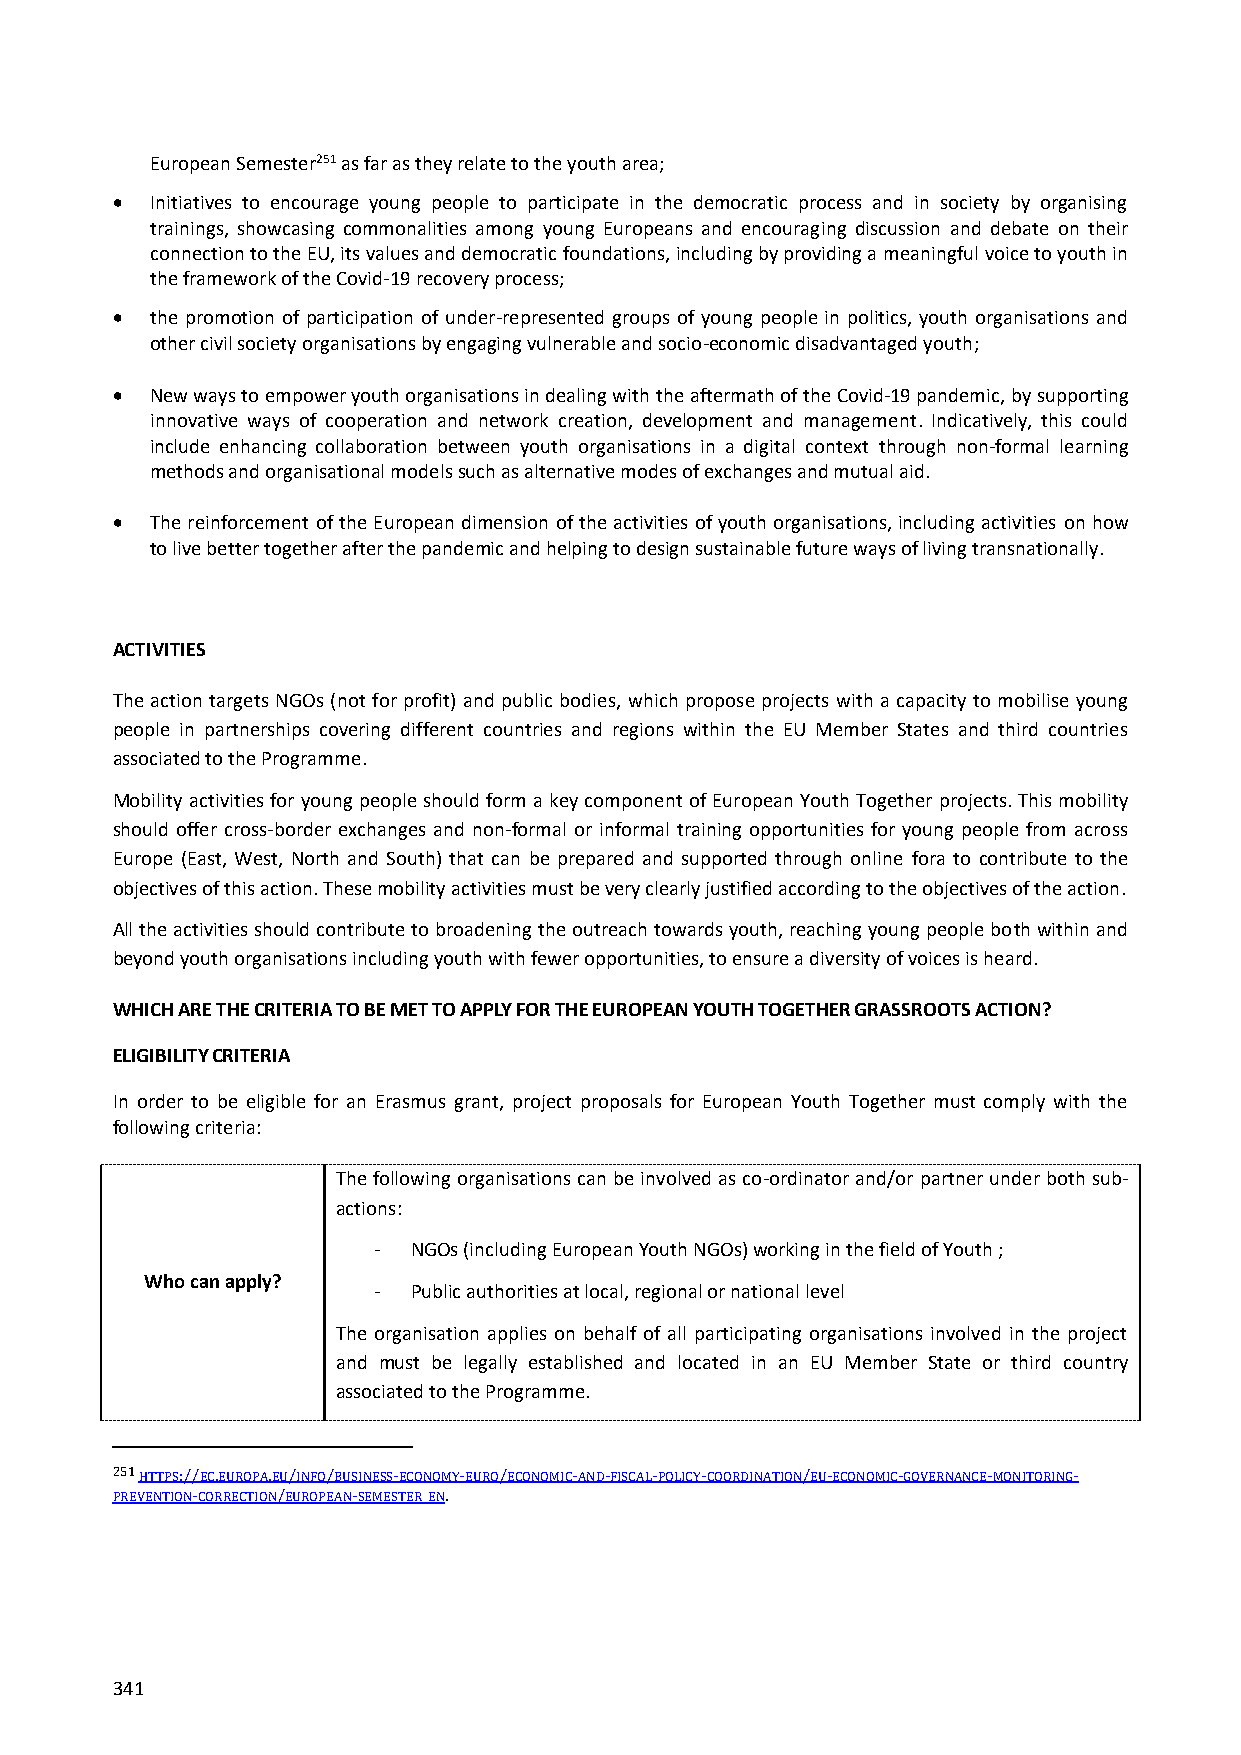
European Semester251 as far as they relate to the youth area;
   Initiatives to encourage young people to participate in the democratic process and in society by organising
 trainings, showcasing commonalities among young Europeans and encouraging discussion and debate on their
 connection to the EU, its values and democratic foundations, including by providing a meaningful voice to youth in
 the framework of the Covid-19 recovery process;
   the promotion of participation of under-represented groups of young people in politics, youth organisations and
 other civil society organisations by engaging vulnerable and socio-economic disadvantaged youth;
   New ways to empower youth organisations in dealing with the aftermath of the Covid-19 pandemic, by supporting
 innovative ways of cooperation and network creation, development and management. Indicatively, this could
 include enhancing collaboration between youth organisations in a digital context through non-formal learning
 methods and organisational models such as alternative modes of exchanges and mutual aid.
   The reinforcement of the European dimension of the activities of youth organisations, including activities on how
 to live better together after the pandemic and helping to design sustainable future ways of living transnationally.
 ACTIVITIES
 The action targets NGOs (not for profit) and public bodies, which propose projects with a capacity to mobilise young
 people in partnerships covering different countries and regions within the EU Member States and third countries
 associated to the Programme.
 Mobility activities for young people should form a key component of European Youth Together projects. This mobility
 should offer cross-border exchanges and non-formal or informal training opportunities for young people from across
 Europe (East, West, North and South) that can be prepared and supported through online fora to contribute to the
 objectives of this action. These mobility activities must be very clearly justified according to the objectives of the action.
 All the activities should contribute to broadening the outreach towards youth, reaching young people both within and
 beyond youth organisations including youth with fewer opportunities, to ensure a diversity of voices is heard.
 WHICH ARE THE CRITERIA TO BE MET TO APPLY FOR THE EUROPEAN YOUTH TOGETHER GRASSROOTS ACTION?
 ELIGIBILITY CRITERIA
 In order to be eligible for an Erasmus grant, project proposals for European Youth Together must comply with the
 following criteria:
 The following organisations can be involved as co-ordinator and/or partner under both sub-
 actions:
 - NGOs (including European Youth NGOs) working in the field of Youth ;
 Who can apply?
 - Public authorities at local, regional or national level
 The organisation applies on behalf of all participating organisations involved in the project
 and must be legally established and located in an EU Member State or third country
 associated to the Programme.
 251 HTTPS://EC.EUROPA.EU/INFO/BUSINESS-ECONOMY-EURO/ECONOMIC-AND-FISCAL-POLICY-COORDINATION/EU-ECONOMIC-GOVERNANCE-MONITORING-
 PREVENTION-CORRECTION/EUROPEAN-SEMESTER_EN.
 341